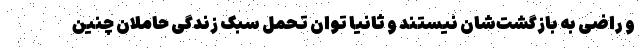
و راضی به بازگشت‌شان نیستند و ثانیا توان تحمل سبک زندگی حاملان چنین